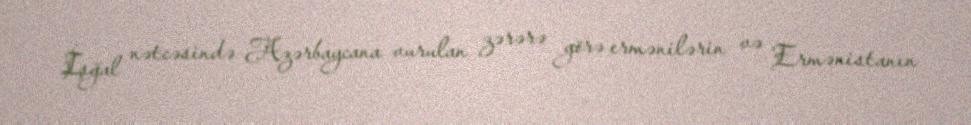
İşğal nətcəsində Azərbaycana vurulan zərərə görə ermənilərin və Ermənistanın